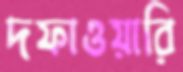
দফাওয়ারি